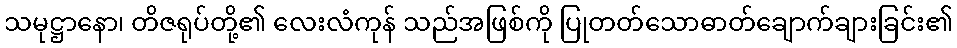
သမုဋ္ဌာနော၊ တိဇရုပ်တို့၏ လေးလံကုန် သည်အဖြစ်ကို ပြုတတ်သောဓာတ်ချောက်ချားခြင်း၏